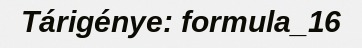
Tárigénye: formula_16